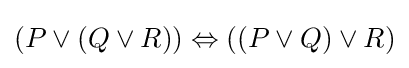
(P\lor (Q\lor R))\Leftrightarrow ((P\lor Q)\lor R)